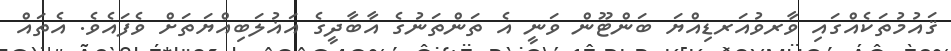
ޤައުމުތަކެއްގައި ވާރވުއަރޑިއްޔަ ބަންޓޫން ވަނީ އެ ތަންތަނުގެ އާބާދީގެ އަޣުލަބިއްޔަތަށް ވެފައެވެ. އެތައް